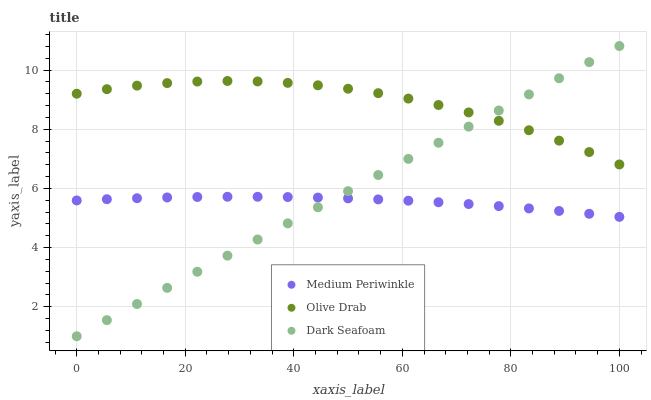
| xaxis_label | Medium Periwinkle | Olive Drab | Dark Seafoam |
 | --- | --- | --- | --- |
 | 0 | 5.59 | 9.2 | 1 |
 | 5.56 | 5.64 | 9.36 | 1.55 |
 | 11.1 | 5.67 | 9.48 | 2.09 |
 | 16.7 | 5.69 | 9.56 | 2.64 |
 | 22.2 | 5.71 | 9.62 | 3.18 |
 | 27.8 | 5.72 | 9.63 | 3.73 |
 | 33.3 | 5.72 | 9.62 | 4.27 |
 | 38.9 | 5.71 | 9.57 | 4.82 |
 | 44.4 | 5.69 | 9.49 | 5.36 |
 | 50 | 5.66 | 9.37 | 5.91 |
 | 55.6 | 5.63 | 9.22 | 6.45 |
 | 61.1 | 5.59 | 9.04 | 7 |
 | 66.7 | 5.53 | 8.82 | 7.54 |
 | 72.2 | 5.47 | 8.57 | 8.09 |
 | 77.8 | 5.4 | 8.29 | 8.64 |
 | 83.3 | 5.32 | 7.97 | 9.18 |
 | 88.9 | 5.24 | 7.62 | 9.73 |
 | 94.4 | 5.14 | 7.23 | 10.3 |
 | 100 | 5.04 | 6.81 | 10.8 |